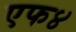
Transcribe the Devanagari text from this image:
एफ४